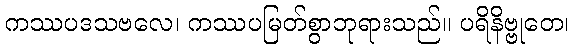
ကဿပဒသဗလေ၊ ကဿပမြတ်စွာဘုရားသည်။ ပရိနိဗ္ဗုတေ၊